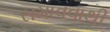
સમાવવાથી